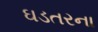
ઘડતરના